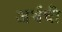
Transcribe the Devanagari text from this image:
अर्थची